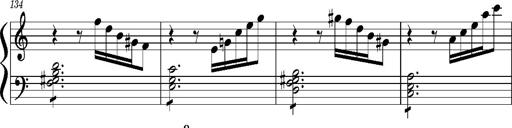
Title: Concerto sans orchestre, S.524a
Composer: Franz Liszt
Key: A major